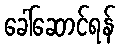
ခေါ်ဆောင်ရန်